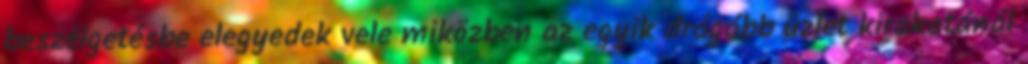
beszélgetésbe elegyedek vele miközben az egyik drágább üzlet kirakatánál